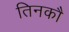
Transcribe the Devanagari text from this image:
तिनकौ